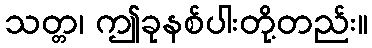
သတ္တ၊ ဤခုနစ်ပါးတို့တည်း။